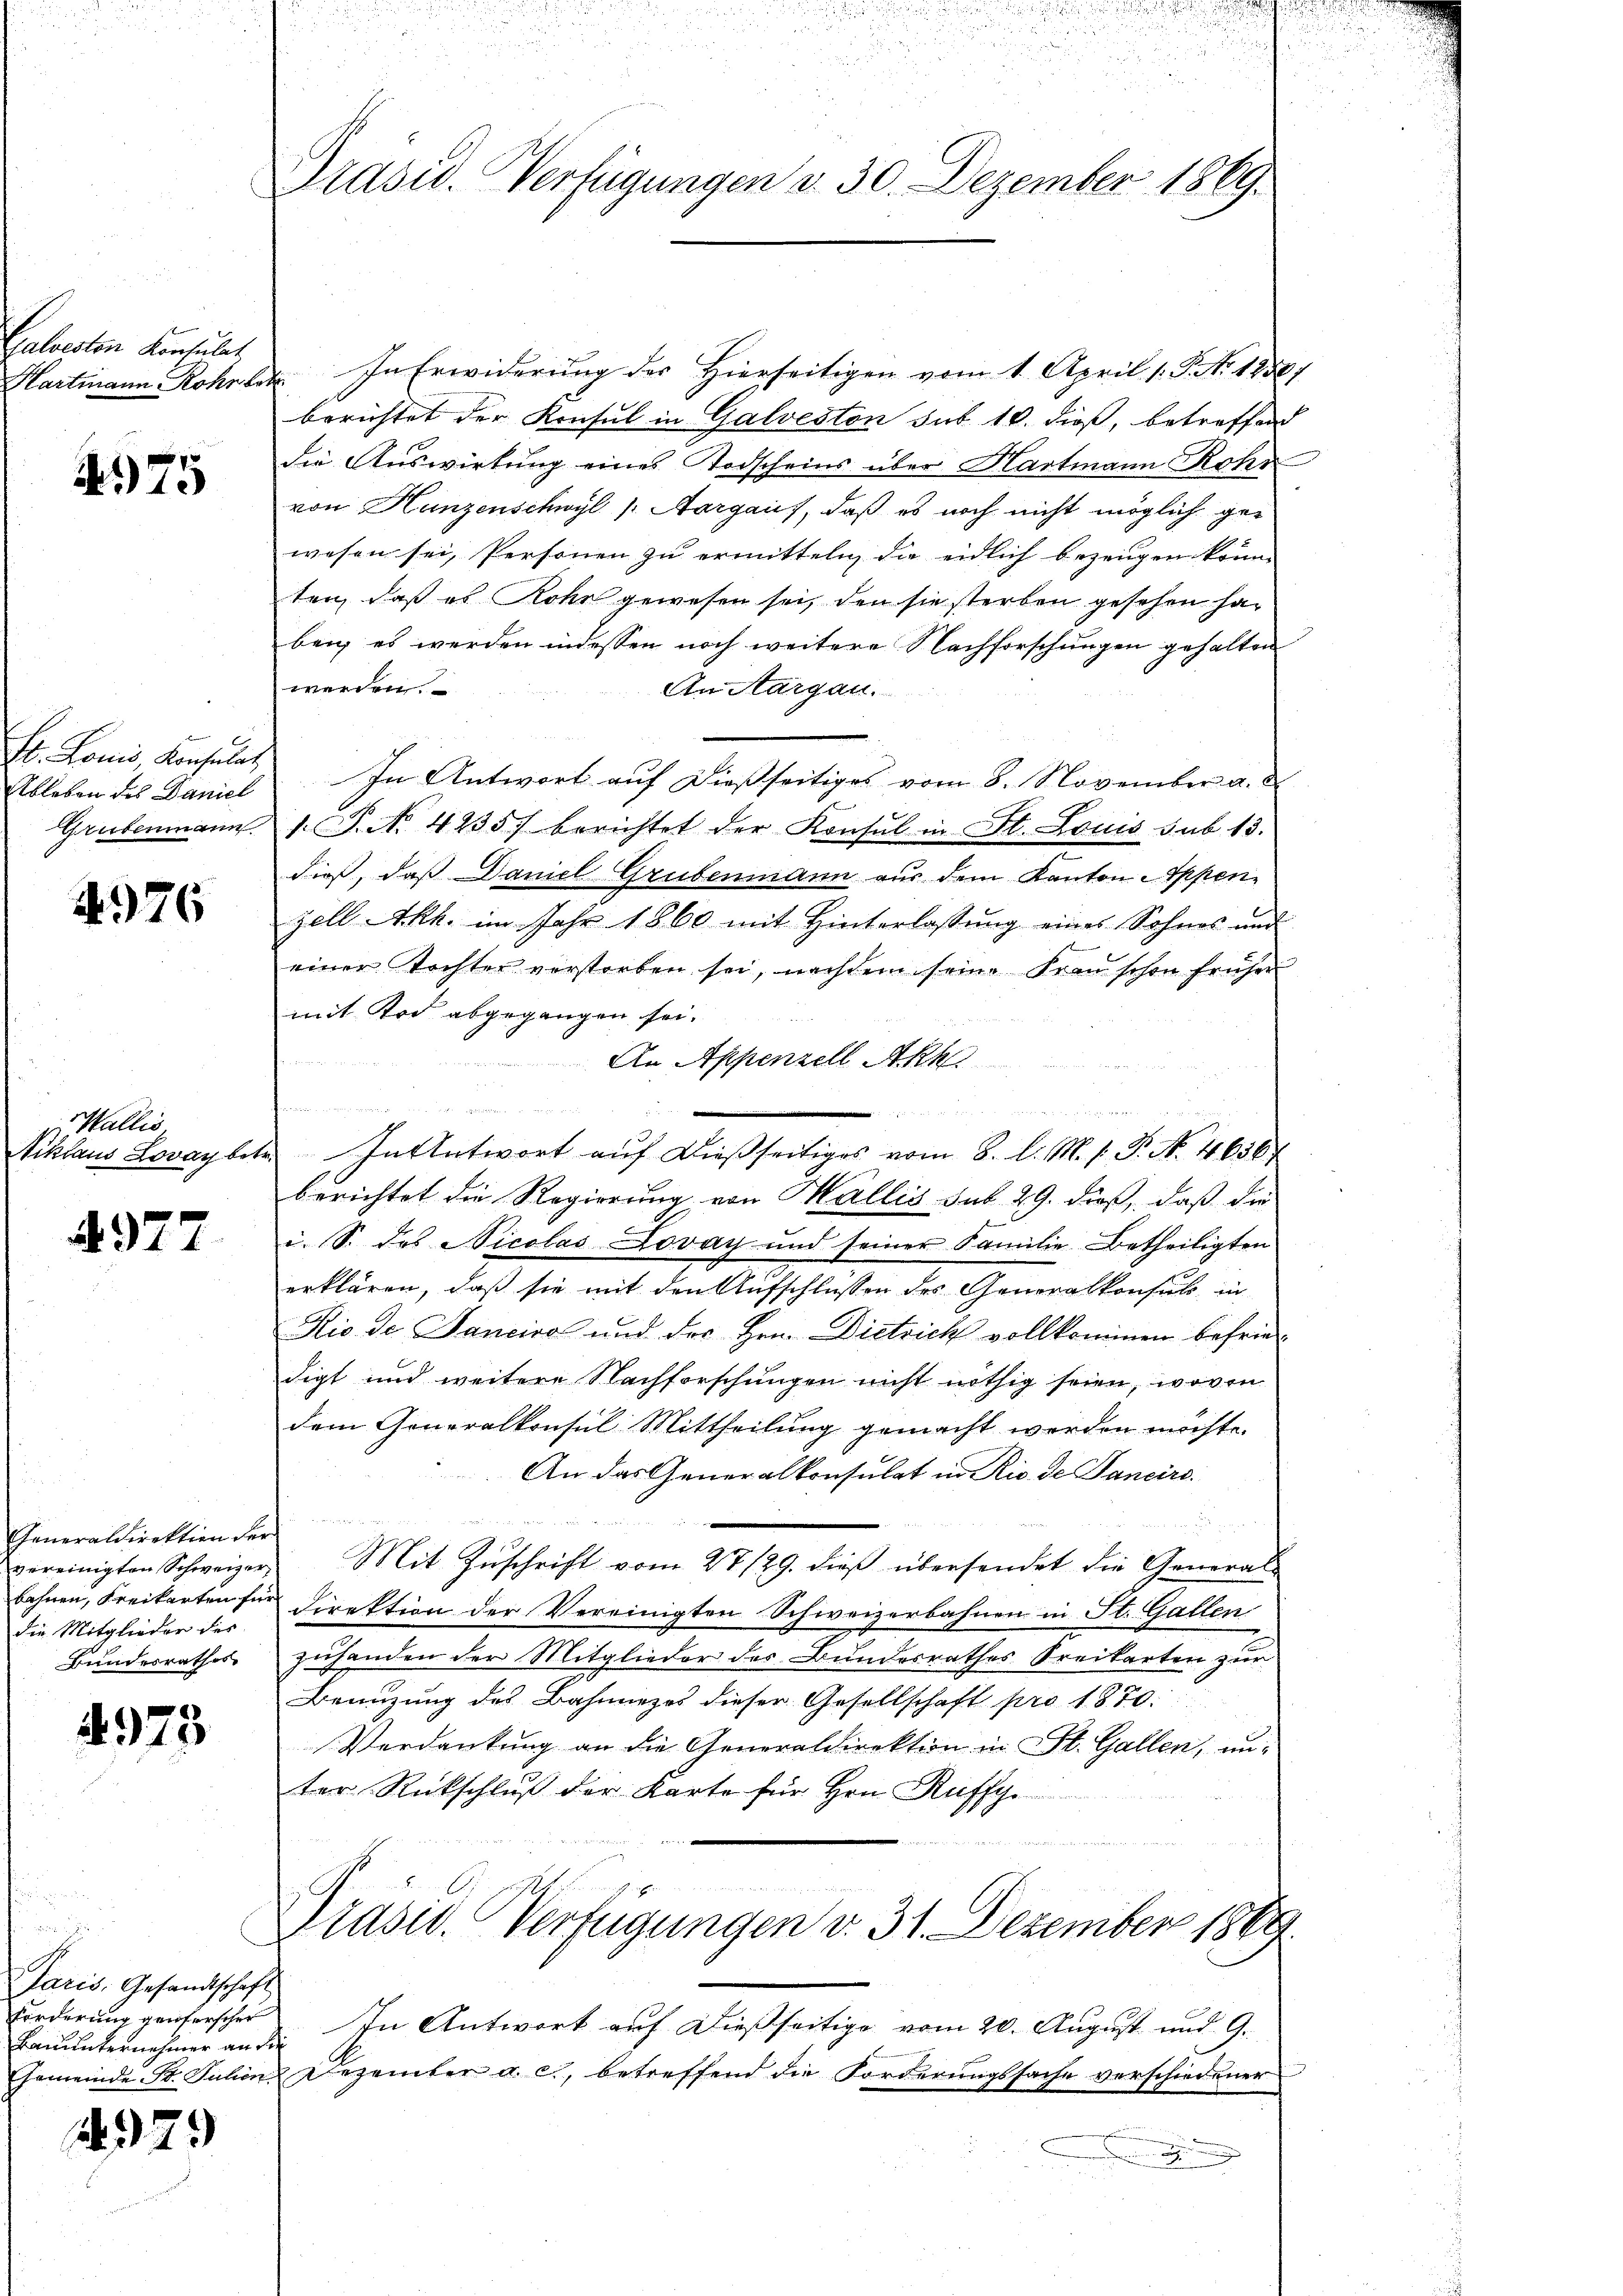
salveston Konsulat
Hartmann Rohr be

75

Er. Lonis, Konsulat
Ableben des Daniel
Grubenmann.

476

Wallis
Niklaus Lovaybet.

977

Generaldirektion der
vereinigten Schweizer,
bahnen, Freikarten fü
die Mitglieder des
Bundesrathes

4973

n
Jaris, Gesandtschaft
Bauunternehmer an die

229

u
Präsid. Verfügungen v. 30. Dezember 1869.

In Erwiderung des Hierseitigen vom 1. April 1. P. Nr. 1858)
berichtet der Konsul in Galveston sub 10. dieß, betreffend
die Auswirkung eines Todscheins über Hartmann Rohr
von Hunzenschwyl (Aargaus, daß es noch nicht möglich gewesen sei, Personen zu ermitteln, die eidlich bezeugen könne
ten, daß es Rohr gewesen sei, den sie sterben gesehen habei es werden indessen noch weitere Nachforschungen gehalten
werden.
An Aargau.
In Antwort auf dießseitiges vom 8. November a.
1. P. Nr. 4235) berichtet der Konsul in St. Louis sub. 13.
dieß, daß Daniel Grubenmann aus dem Kanton Appen-
zell-Akk. im Jahr 1860 mit Hinterlassung eines Sohnes und
einer Tochter verstorben sei, nachdem seine Frau schon früher
mit Tod abgegangen sei.
An Appenzell Akk
u
u
r
In Antwort aŭf dießseitiges vom 8. d. M. h. T. N. 4636
berichtet die Regierung von Wallis sub 29. dieß, daß die
i. S. des Nicolas Lovay und seiner Familie Betheiligten
erklären, daß sie mit den Aufschlussen des Generalkonsul in
Rio de Fancira und der Hrn. Dietrich vollkommen befriedigt und weitere Nachforschungen nicht nöthig seien, wovon
dem Generalkonsul Mittheilung gemacht werden möchte.
An das Generalkonsulat in Rio de Sancirs.
r
zu meinen

Mit Zŭschrift vom 27./29. dieß übersendet die General-
direktion der Vereinigten Schweizerbahnen in St. Gallen
zuhanden der Mitglieder des Bundesrathes Kreikarten zur
Benuzung des Bahnnezos dieser Gesellschaft pro 1870.
Verdankung an die Generaldirektion in St. Gallen, anter Rückschlŭβ der Karte für Hrn. Ruffy.
Präsid. Verfügungen d. 31. Dezember 1869.
Forderung generscher. In Antwort auf dießseitige vom 20. August und 9.
Ehemeinde St. Julien Dezember a. c., betreffend die Forderungssache verschiedener